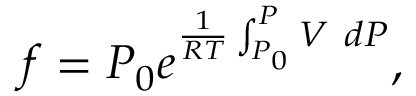
f = P _ { 0 } e ^ { \frac { 1 } { { \cal R } T } \int _ { P _ { 0 } } ^ { P } V ~ d P } ,